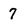
Character: 7